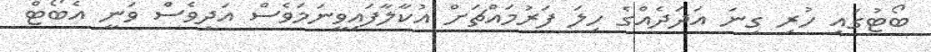
ބޯޓުގައި ހުރި ގިނަ އަދަދެއްގެ ހިލަ ފަރުމައްޗަށް އުކާލާފައިވީނަމަވެސް އަދިވެސް ވަނީ އެބޯޓް